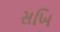
સખિ